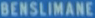
BENSILIMANE